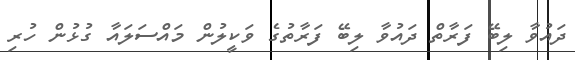
ދައުވާ ލިބޭ ފަރާތް ދައުވާ ލިބޭ ފަރާތުގެ ވަކީލުން މައްސަލައާ ގުޅުން ހުރި